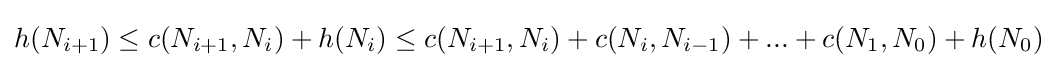
h(N_{i+1})\leq c(N_{i+1},N_{i})+h(N_{i})\leq c(N_{i+1},N_{i})+c(N_{i},N_{i-1})+...+c(N_{1},N_{0})+h(N_{0})